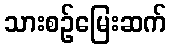
သားစဉ်မြေးဆက်